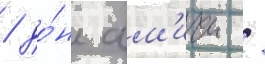
/ до́н ам'ичи /